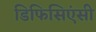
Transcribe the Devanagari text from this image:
डिफिसिएंसी